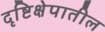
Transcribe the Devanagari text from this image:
दृष्टिक्षेपातील